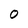
Character: 0